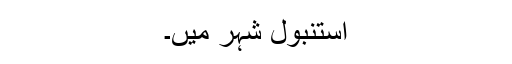
استنبول شہر میں۔